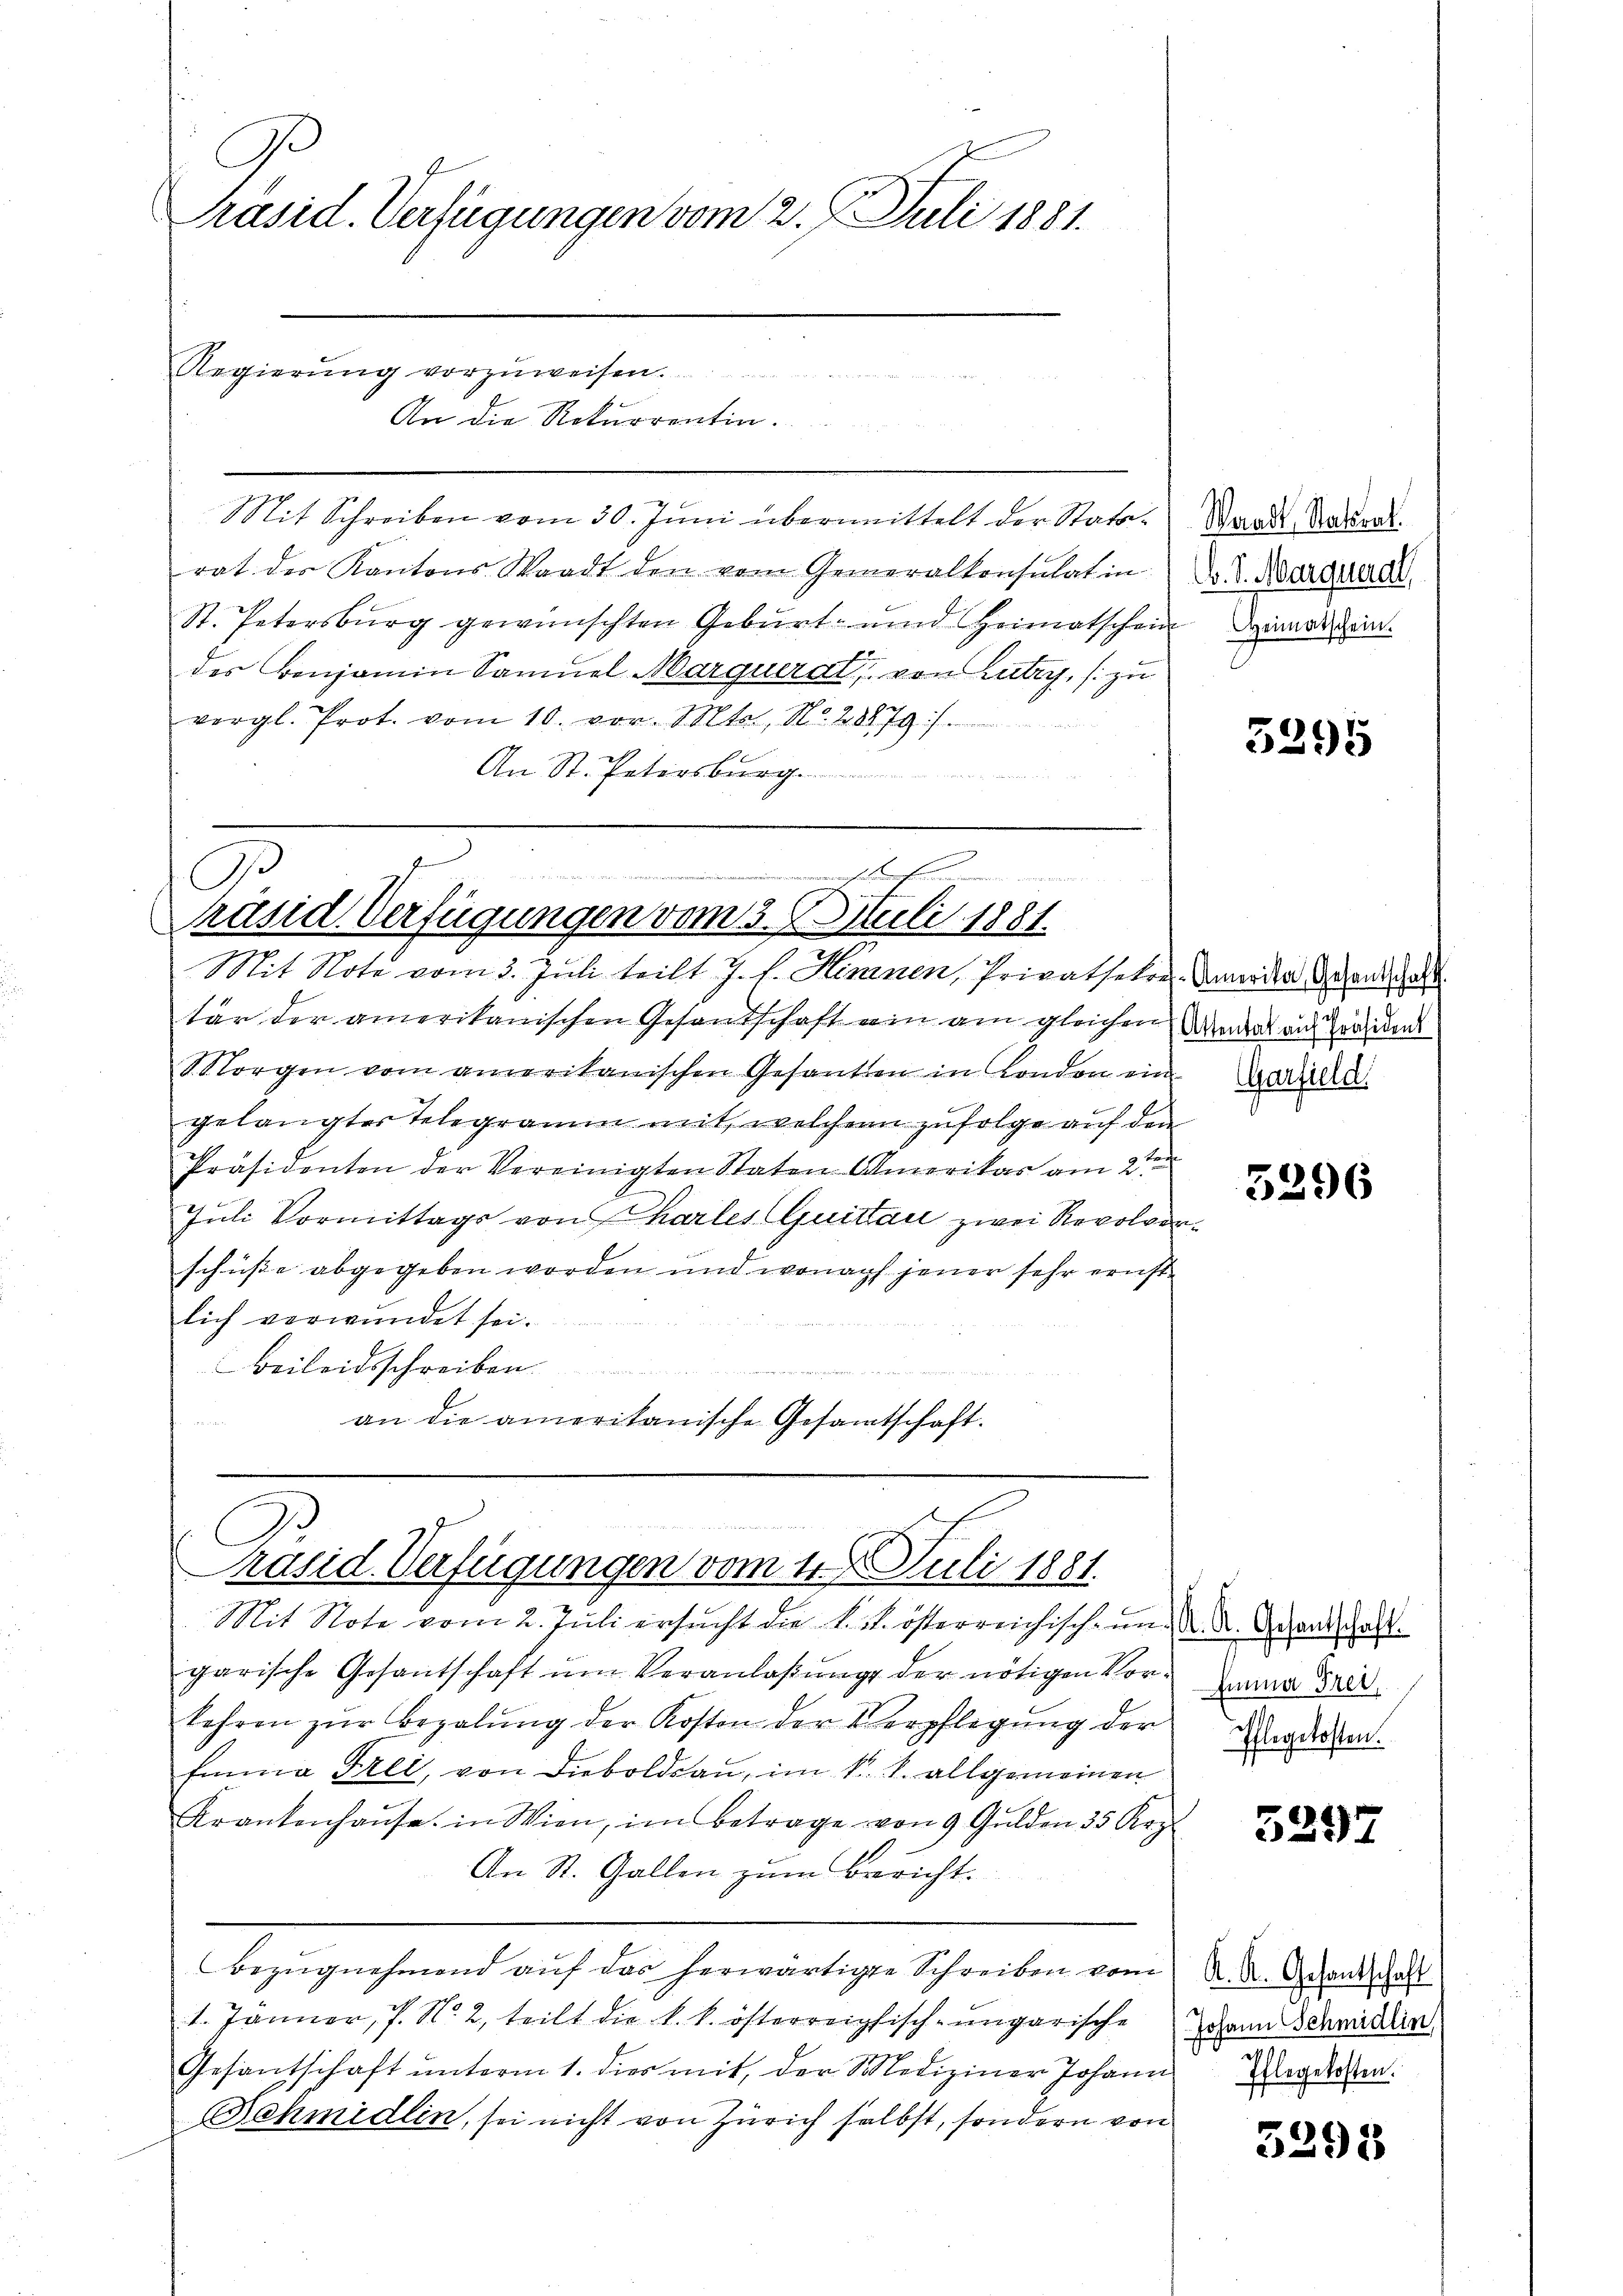
.
Präsid. Verfügungen vom 2. J. Juli 1881.

Mit Schreiben vom 30. Juni übermittelt der Stattrat der Kantons Waadt den vom Generalkonsulat in
St. Petersburg gewünschten Gebŭrt- und Heimatschein Sinner sein.
des Benjamin Samuel Marquerat von Lutry, (zu
vergl. Prot. vom 10. vor. Mts., Nr. 28879/
An St. Petersburg

Regierŭng vorzŭweisen.

An die Rekurrentin.

C
mühen
Präsid. Verfügungen vom 3. Juli 1881.
Mit Note vom 3. Juli teilt J. f. Hennen, Privatseker Ander Gesandtschaft

tär der amerikanischen Gesandschaft ein am gleichen Weiders aus Vorsiedens
Morgen vom ameritanischen Gesandten in Sonder ein
gelangter Telegramm mit, welchen zufolge auf den
Präsidenten der Vereinigten Staten Amerikas am 2ten
Juli Vormittags von Charles Quittau zwei Revolver
schüsse abgegeben worden und wonach jener sehr ernstlich verwundet sei.
Beileidsschreiben.
u
an die amerikanische Gesamtschaft.

garische Gesantschaft ŭm Veranlaßung der nötigen Vor- Danna Freikehren zŭr Bezalŭng der Kosten der Verpflegŭng der
Emma Frei, von Dieboldau, im k. k. allgemeinen
Krankenhaŭse in Wien, im Betrage von 9 Gulden 35 Rez.
An St. Gallen zum Bericht.
Bezugnehmend auf das herwärtigte Schreiben vom
1. Jänner, P. N. 2, teilt die k. k. österreichisch-ungarische
Gesantschaft unterm 1. dies mit, der Mediziner Johann
Bchmidlin, sei nicht von Zürich selbst, sondern von

C
Präsid. Verfügungen vom 1. Juli 1881.

Mit Note vom 2. Juli ersŭcht die k. k. österreichischein K. A. Gesandschaft

Waadt, Statrat.
b. S. Marqueral

5295

Garfield.

2

5296

Pflegekosten.

5297

K. K. Gesantschaft
Johann Schmidlin
Iflegekosten.

5398